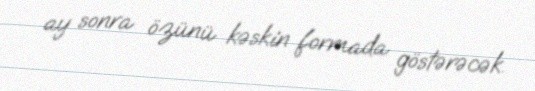
ay sonra özünü kəskin formada göstərəcək.